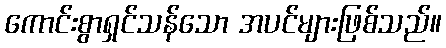
ကောင်းစွာရှင်သန်သော အပင်များဖြစ်သည်။